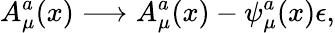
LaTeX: A_{\mu}^{a}(x)\longrightarrow A_{\mu}^{a}(x)-\psi_{\mu}^{a}(x)\epsilon,